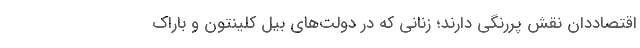
اقتصاددان نقش پررنگی دارند؛ زنانی که در دولت‌های بیل کلینتون و باراک